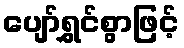
ပျော်ရွှင်စွာဖြင့်